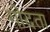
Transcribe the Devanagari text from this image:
गोदता